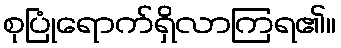
စုပြုံရောက်ရှိလာကြရ၏။